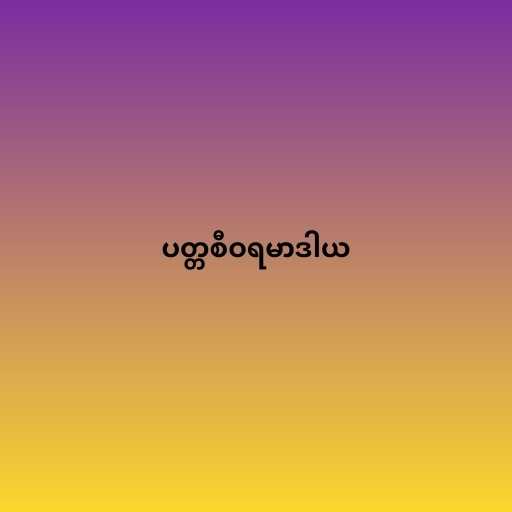
ပတ္တစီဝရမာဒါယ